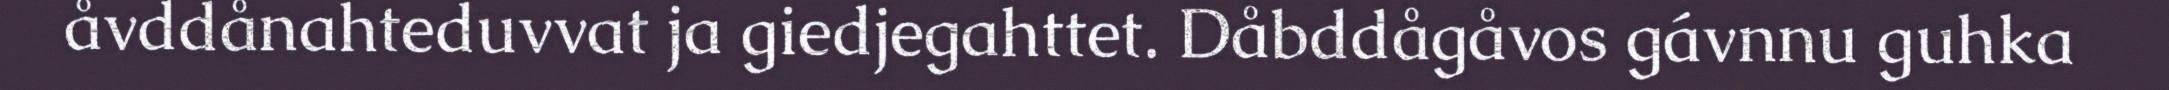
åvddånahteduvvat ja giedjegahttet. Dåbddågåvos gávnnu guhka